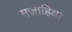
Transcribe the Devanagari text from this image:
मज़ाहिया